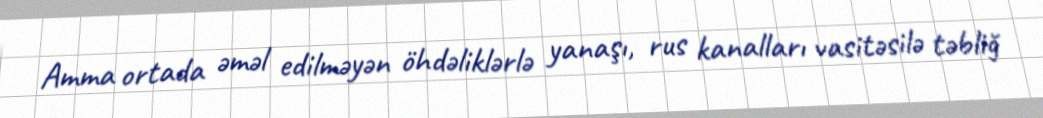
Amma ortada əməl edilməyən öhdəliklərlə yanaşı, rus kanalları vasitəsilə təbliğ